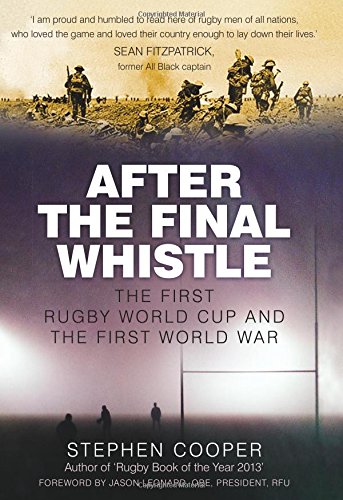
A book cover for After the Final Whistle: The First Rugby World Cup and the First World War; Stephen Cooper; Sports & Outdoors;